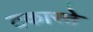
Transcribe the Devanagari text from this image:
टकारते